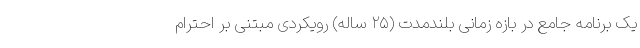
یک برنامه جامع در بازه زمانی بلندمدت (۲۵ ساله) رویکردی مبتنی بر احترام